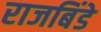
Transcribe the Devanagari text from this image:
राजबिंडे